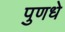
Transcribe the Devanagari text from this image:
पुणधे